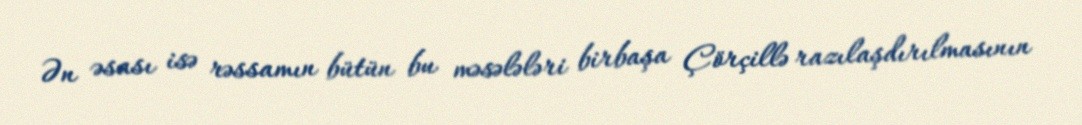
Ən əsası isə rəssamın bütün bu məsələləri birbaşa Çörçillə razılaşdırılmasının